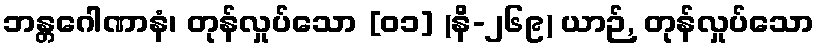
ဘန္တဂေါဏာနံ၊ တုန်လှုပ်သော [၀၁] (နိ-၂၆၉) ယာဉ်, တုန်လှုပ်သော